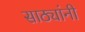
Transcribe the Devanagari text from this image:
साठ्यांनी